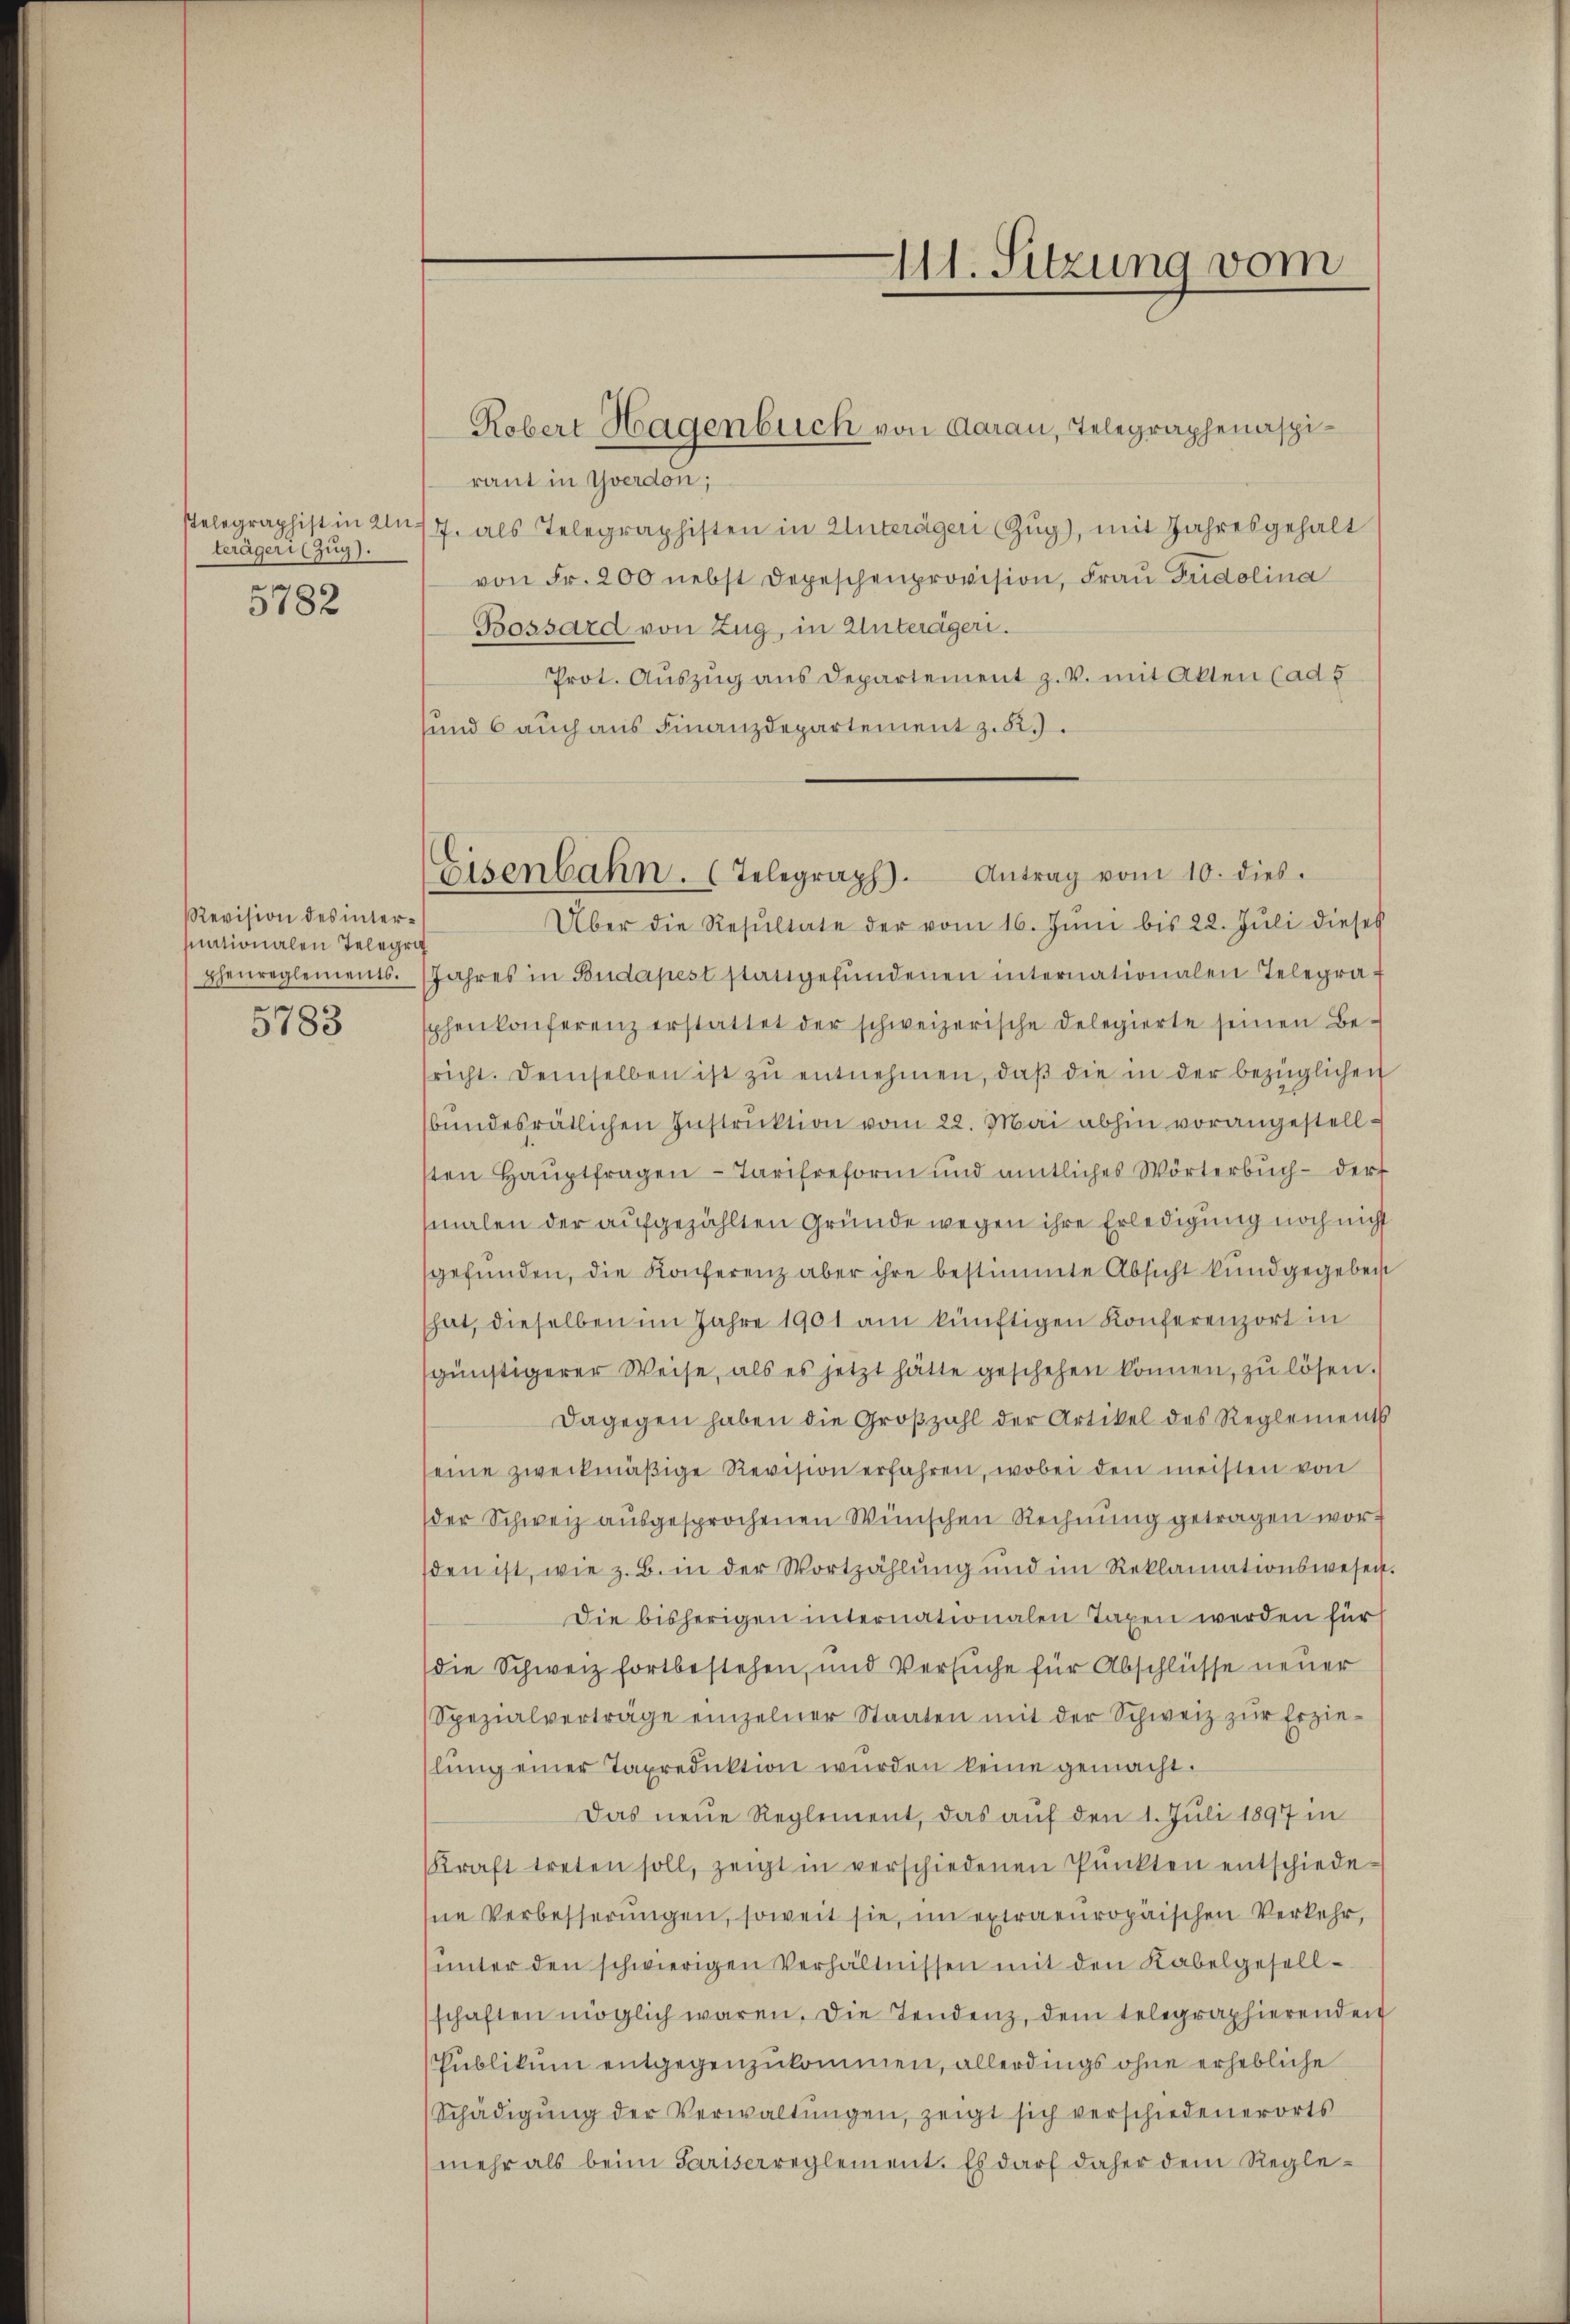
terägeri (Zug).
5782

Revision des intermnationalen Telegrath
pheureglements.
5783

raut in Yverdon;
elegraphist in 27. als Telegraphisten in Unteräger Zŭg), mit Jahresgehalt
von Fr. 200 nebst Depeschenprovision, Frau Guidolina
Bossard von Zug, in Unterägeri.
Prot. Auszug aus Departement z. V. mit Akten (ad 5
sund 6 auch aus Finanzdepartement z. 82.

Robert Hagenbuch von Aarau, Telegraphenaspi¬

11. Sitzung vom

Eisenbahn. (Telegraph. Antrag vom 10. dies.

Über die Resŭltate der vom 16. Jŭni bis 22. Jŭli dieses
Jahres in Budapest stattgefŭndenen internationalen Telegrasphenkonferenz erstattet der schweizerische Delegierte seinen Be-
sricht. Demselben ist zŭ entnehmen, daβ die in der bezüglichen
sbundesrätlichen Instruktion vom 22. Mai abhin vorangestellsten Hauptfragen - Tarifreform und amtliches Wörterbuch - der
malen der aufgezählten Gründe wegen ihre Erledigung noch nicht
gefŭnden, die Konferenz aber ihre bestimmte Absicht kundgegeben
hat, dieselben im Jahre 1901 am künftigen Konferenzort in
günstigerer Weise, als es jetzt hätte geschehen können, zu lösen.)
Dagegen haben die Großzahl der Artikel des Reglements
seine zweckmäβige Revision erfahren, wobei den meisten von
der Schweiz ausgesprochenen Wünschen Rechnung getragen worsden ist, wie z. B. in der Wortzählŭng und im Reklamationswesen.
Die bisherigen internationalen Taxen werden für
die Schweiz fortbestehen, und Versuche für Abschlüsse neuer
Spezialverträge einzelner Staaten mit der Schweiz zur Erzie-
lŭng einer Taxreduktion wurden keine gemacht.
Das neue Reglement, das auf den 1. Juli 1897 in
Kraft treten soll, zeigt in verschiedenen Pŭnkten entschiede-
hne Verbesserungen, soweit sie, in extraeuropäischen Verkehr,
ŭnter den schwierigen Verhältnissen mit den Kabelgesellschaften möglich waren. Die Tendenz, dem telegraphierenden
Publikum entgegenzukommen, allerdings ohne erhebliche
Schädigŭng der Verwaltŭngen, zeigt sich verschiedenerorts
mehr als beim Pariserreglement. Es darf daher dem Regle¬